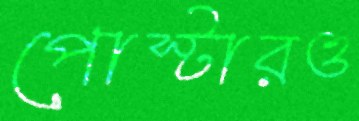
পোস্টারও